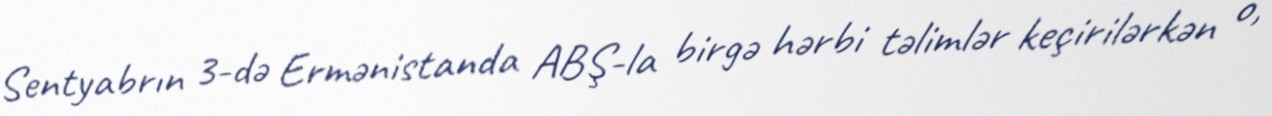
Sentyabrın 3-də Ermənistanda ABŞ-la birgə hərbi təlimlər keçirilərkən o,